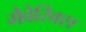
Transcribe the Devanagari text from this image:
मैवेरिक्स